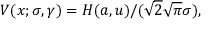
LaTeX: V ( x ; \sigma , \gamma ) = H ( a , u ) / ( { \sqrt { 2 } } { \sqrt { \pi } } \sigma ) ,